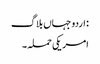
: اردو جہاں بلاگ
امریکی حملہ ۔